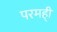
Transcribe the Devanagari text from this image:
परमही्